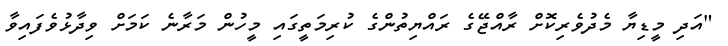
"އަދި މީޑިޔާ މެދުވެރިކޮށް ރާއްޖޭގެ ރައްޔިތުންގެ ކުރިމަތީގައި މީހުން މަރާނެ ކަމަށް ވިދާޅުވެފައިވާ